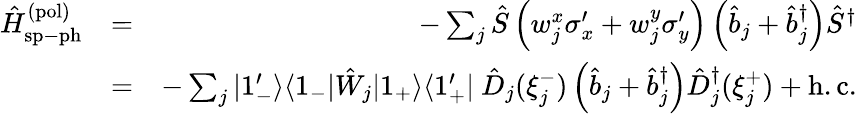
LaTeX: \begin{array}{rlr}{\hat{H}_{\mathrm{sp-ph}}^{\mathrm{(pol)}}}&{=}&{-\sum_{j}\hat{S}\left(w_{j}^{x}\sigma_{x}^{\prime}+w_{j}^{y}\sigma_{y}^{\prime}\right)\left(\hat{b}_{j}+\hat{b}_{j}^{\dagger}\right)\hat{S}^{\dagger}}\\ &{=}&{-\sum_{j}|1_{-}^{\prime}\rangle\langle 1_{-}|\hat{W}_{j}|1_{+}\rangle\langle 1_{+}^{\prime}|\ \hat{D}_{j}(\xi_{j}^{-})\left(\hat{b}_{j}+\hat{b}_{j}^{\dagger}\right)\hat{D}_{j}^{\dagger}(\xi_{j}^{+})+\mathrm{h.c.}}\end{array}